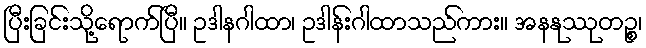
ပြီးခြင်းသို့ရောက်ပြီ။ ဥဒါနဂါထာ၊ ဥဒါန်းဂါထာသည်ကား။ အနနုဿုတဉ္စ၊